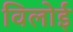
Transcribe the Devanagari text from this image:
विलोई